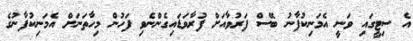
އެ ސިޓީގައި ވަނީ އެމަނިކުފާނު ބޭސް ފަރުވާއަށް ފުރާވަޑައިގެންނެވި ފަހުން މިހާތަނަށް އެމަނިކުފާނުގެ